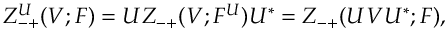
Z _ { - + } ^ { U } ( V ; F ) = U Z _ { - + } ( V ; F ^ { U } ) U ^ { * } = Z _ { - + } ( U V U ^ { * } ; F ) ,